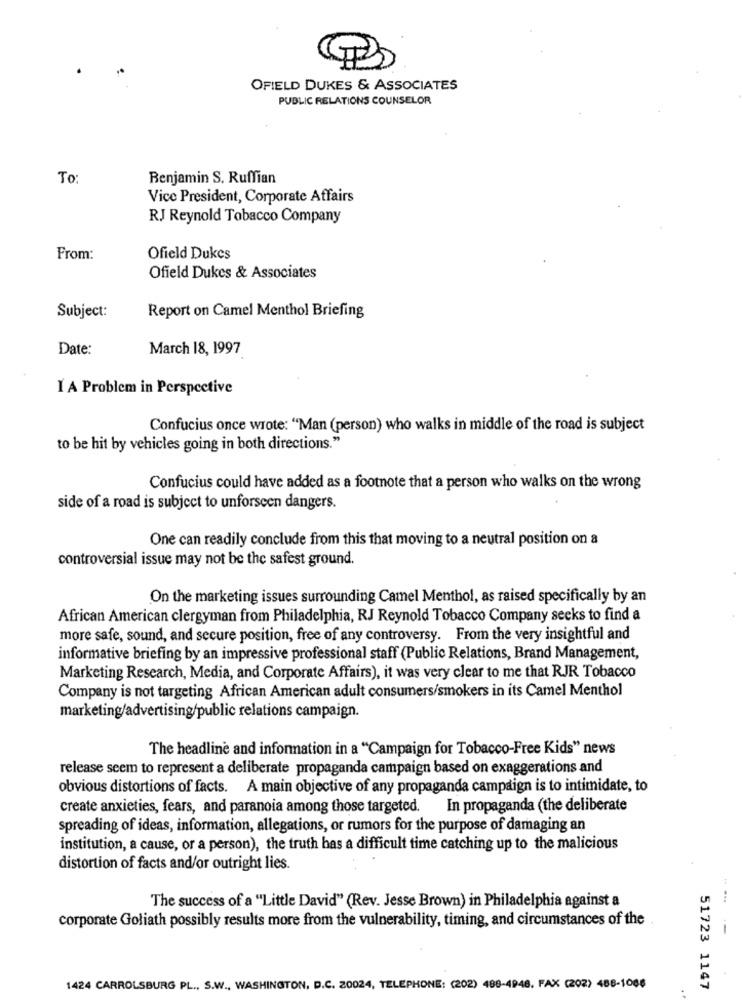
OFIELD DUKES & ASSOCIATES
PUBLIC RELATIONS COUNSELOR
To
Benjamin S. Ruffian
Vice President, Corporate Affairs
RJ Reynold Tobacco Company
From:
Ofield Dukes
Ofield Dukes & Associates
Report on Camel Menthol Briefing
Subject:
Date:
March 18, 1997
I A Problem in Perspective
Confucius once wrote: "Man (person) who walks in middle of the road is subject
to be hit by vehicles going in both directions."
Confucius could have added as a footnote that a person who walks on the wrong
side of a road is subject to unforseen dangers.
One can readily conclude from this that moving to a neutral position on a
controversial issue may not be the safest ground.
On the marketing issues surrounding Camel Menthol, as raised specifically by an
African American clergyman from Philadelphia, RJ Reynold Tobacco Company seeks to find a
more safe, sound, and secure position, free of any controversy. From the very insightful and
informative briefing by an impressive professional staff (Public Relations, Brand Management,
Marketing Research, Media, and Corporate Affairs), it was very clear to me that RJR Tobacco
Company is not targeting African American adult consumers/smokers in its Camel Menthol
marketing/advertising/public relations campaign.
The headline and information in a "Campaign for Tobacco-Free Kids" news
release seem to represent a deliberate propaganda campaign based on exaggerations and
obvious distortions of facts. A main objective of any propaganda campaign is to intimidate, to
create anxieties, fears, and paranoia among those targeted.
In propaganda (the deliberate
spreading of ideas, information, allegations, or rumors for the purpose of damaging an
institution, a cause, or a person), the truth has a difficult time catching up to the malicious
distortion of facts and/or outright lies.
The success of a "Little David" (Rev. Jesse Brown) in Philadelphia against a
corporate Goliath possibly results more from the vulnerability, timing, and circumstances of the
1424 CARROLSBURG PL ., S.W ., WASHINGTON, D.C. 20024, TELEPHONE: (202) 488-4948. FAX (202) 488-1068
51723 1147